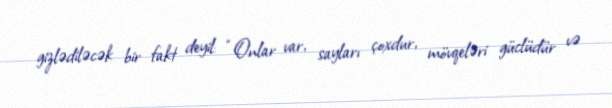
gizlədiləcək bir fakt deyil: “Onlar var, sayları çoxdur, mövqeləri güclüdür və